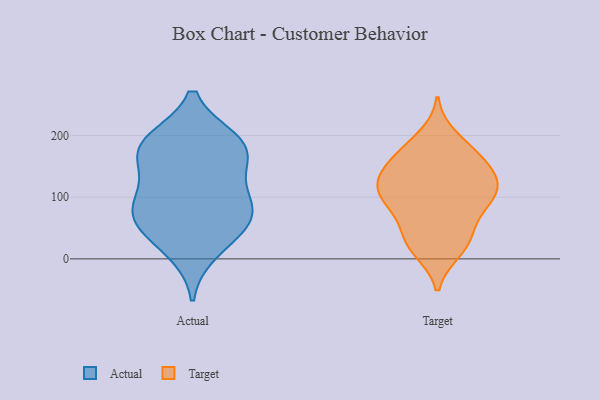
{"axis": {"x": "Conversion Rate (%)", "y": "Value"}, "legend": ["Actual", "Target"], "data": [{"x": "", "y": 155, "type": "Actual"}, {"x": "", "y": 182, "type": "Actual"}, {"x": "", "y": 191, "type": "Actual"}, {"x": "", "y": 49, "type": "Actual"}, {"x": "", "y": 174, "type": "Actual"}, {"x": "", "y": 112, "type": "Actual"}, {"x": "", "y": 77, "type": "Actual"}, {"x": "", "y": 76, "type": "Actual"}, {"x": "", "y": 13, "type": "Actual"}, {"x": "", "y": 93, "type": "Actual"}, {"x": "", "y": 189, "type": "Actual"}, {"x": "", "y": 54, "type": "Actual"}, {"x": "", "y": 171, "type": "Target"}, {"x": "", "y": 37, "type": "Target"}, {"x": "", "y": 146, "type": "Target"}, {"x": "", "y": 112, "type": "Target"}, {"x": "", "y": 119, "type": "Target"}, {"x": "", "y": 137, "type": "Target"}, {"x": "", "y": 112, "type": "Target"}, {"x": "", "y": 91, "type": "Target"}, {"x": "", "y": 52, "type": "Target"}, {"x": "", "y": 77, "type": "Target"}, {"x": "", "y": 98, "type": "Target"}, {"x": "", "y": 165, "type": "Target"}, {"x": "", "y": 123, "type": "Target"}, {"x": "", "y": 143, "type": "Target"}, {"x": "", "y": 94, "type": "Target"}, {"x": "", "y": 179, "type": "Target"}, {"x": "", "y": 198, "type": "Target"}, {"x": "", "y": 16, "type": "Target"}, {"x": "", "y": 13, "type": "Target"}, {"x": "", "y": 29, "type": "Target"}]}